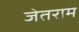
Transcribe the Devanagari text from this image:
जेतराम